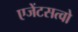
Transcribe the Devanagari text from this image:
एजेंटसत्वो